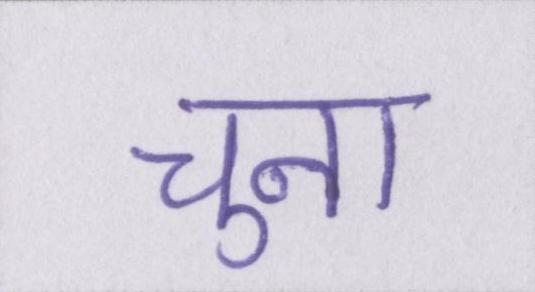
चुना